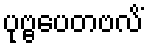
ပုဗ္ဗပေတဗလိံ